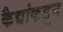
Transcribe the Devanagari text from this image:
कैद्यांकडून